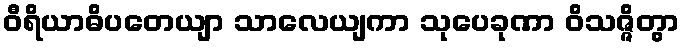
ဝီရိယာဓိပတေယျာ သာလေယျကာ သုပေခုဏာ ဝိသဇ္ဇိတွာ